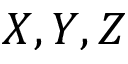
X , Y , Z